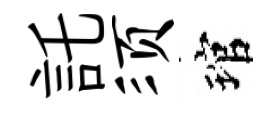
託须琯